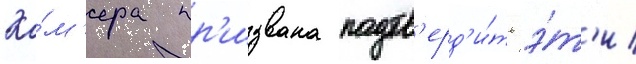
Ка́м'ера пр'извана подтв'ерд'и́ть э́т'и